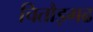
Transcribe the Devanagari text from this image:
चितौड़गढ